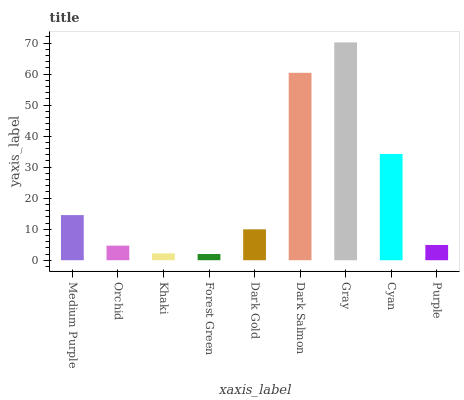
| xaxis_label | bars |
 | --- | --- |
 | Medium Purple | 14.6 |
 | Orchid | 4.7 |
 | Khaki | 2.21 |
 | Forest Green | 2 |
 | Dark Gold | 9.96 |
 | Dark Salmon | 60.4 |
 | Gray | 70.2 |
 | Cyan | 34.3 |
 | Purple | 4.92 |